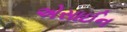
એસાઈન